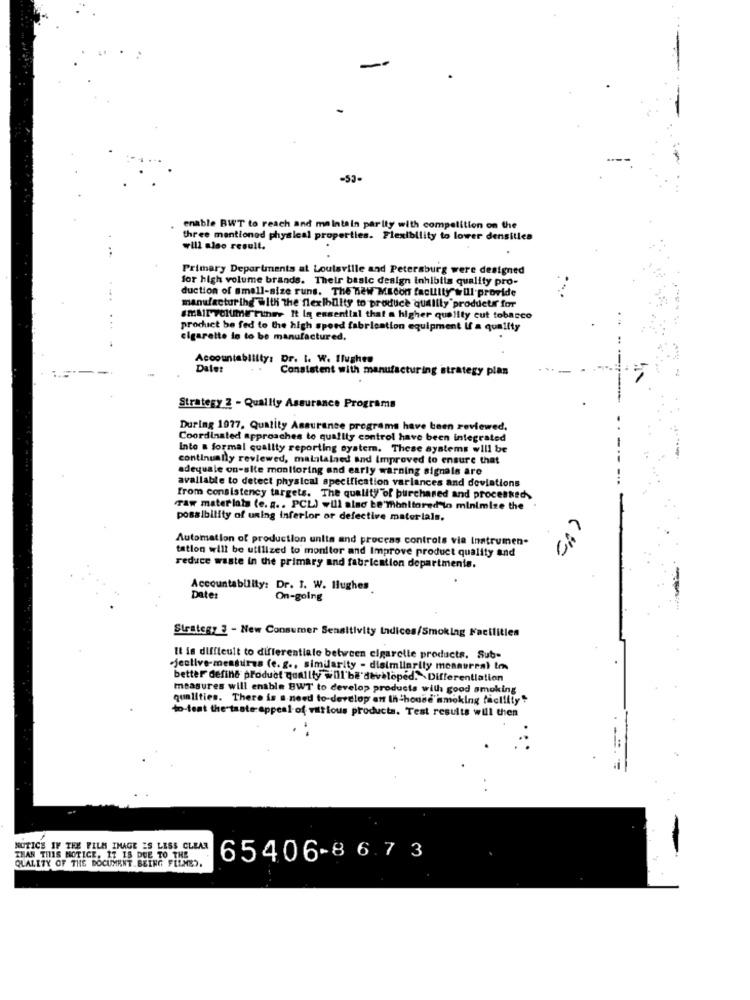
-53-
enable BWT to reach and maintain parity with competition on the
three mentioned physical properties. Flexibility to lower densities
will also result.
Primary Departments at Louisville and Petersburg were designed
for high volume brands. Their baalc design inhibits quality pro-
duction of small-size runs. The new MEcon faculty will provide
manufacturing With the flexibility to produce quality products for
SMAITTOlUME'Finer It in essential that a higher quality cut tobacco
product be fed to the high speed fabrication equipment if a quality
cigarette in to be manufactured.
Accountability: Dr. I. W. Ilughen
Date:
Consistent with manufacturing strategy plan
Strategy 2 - Quality Assurance Programs
During 1977, Quality Assurance programs have been reviewed,
Coordinated approaches to quality control have been integrated
Into a formal quality reporting system. These systems will be
continually reviewed, malitalaed and Improved to ensure that
adequale on-site monitoring and early warning signals are
available to detect physical specification variances and deviations
from consistency targets. The quality"of purchased and processed,
raw materials (e. g. . PCL) will also be monitored to minimize the
possibility of uning inferior or defective materials.
Automation of production units and process controls via Instrumen-
tation will be utilized to monitor and Improve product quality and
reduce waste in the primary and fabrication departments.
Accountability: Dr. I. W. Hughes
Date:
On-going
Strategy 3 - New Consumer Sensitivity Indices/Smoking Facilities
It is difficult to differentiate between cigarette products. Sub-
.jective-measures (e. g ., similarity - disimilarity monaureal Inn
better define product quality will be developed. Differentiation
measures will enable BWT to develop products with good smoking
qualities. There is a need to-develop an Ih house'amoking facility!
to-teat the taste-appeal-of various products. Test results will then
NOTICE IF THE FILM IMAGE IS LESS CLEAR
THAN THIS NOTICE. 17 15 DUE TO THE
QUALITY OF THE DOCUMENT BEING FELMED.
65406-8 6.7 3